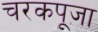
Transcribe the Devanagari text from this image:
चरकपूजा